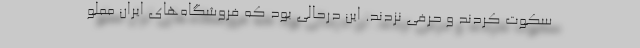
سکوت کردند و حرفی نزدند. این درحالی بود که فروشگاه‌های ایران مملو